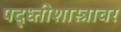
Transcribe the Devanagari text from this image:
पद्ध्तीशास्त्रावर